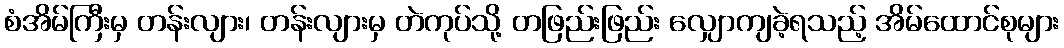
စံအိမ်ကြီးမှ တန်းလျား၊ တန်းလျားမှ တဲကုပ်သို့ တဖြည်းဖြည်း လျှောကျခဲ့ရသည့် အိမ်ထောင်စုများ